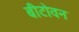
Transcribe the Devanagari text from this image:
बीटोवन